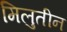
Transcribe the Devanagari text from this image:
मिलुतीन